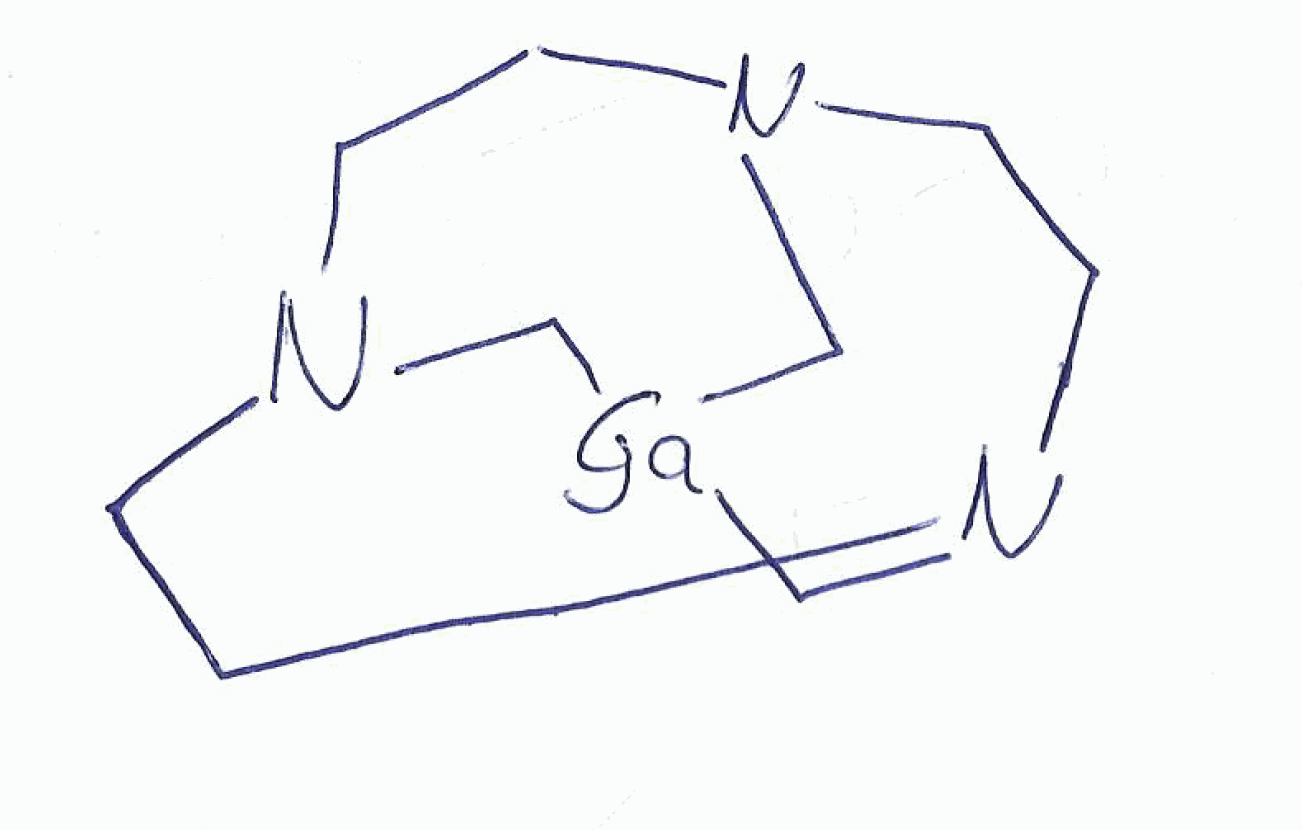
Simplified molecular-input line-entry system (SMILES) notation of the given molecule:
C1CN2CCN3CCN1C[Ga](C2)C3